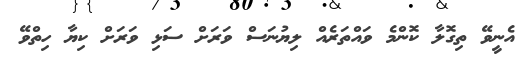
އެނީވޭ ތިގޮލާ ކޮންމެ ވައްތަރެއް ލިޔުނަސް ވަރަށް ސަޅި ވަރަށް ކިޔާ ހިތްވޭ